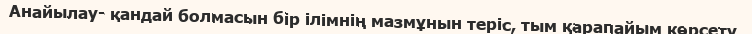
Анайылау- қандай болмасын бір ілімнің мазмұнын теріс, тым қарапайым көрсету.